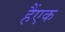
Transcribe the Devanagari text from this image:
हैंएक